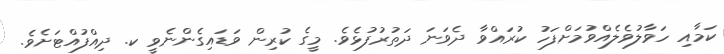
ކަމާއި ހަވާލުވެލެއްވުމަށްފަހު ކުރައްވާ ދެވަނަ ދަތުރުފުޅެވެ. މީގެ ކުރިން ވަޑައިގެންނެވީ ކ. ދިއްފުއްޓަށެވެ.